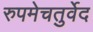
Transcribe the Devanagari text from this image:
रुपमेचतुर्वेद